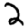
Digit: 2